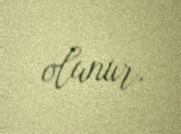
olunur.